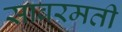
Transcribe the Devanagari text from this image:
सावरमती